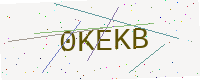
Text: 0KEKB